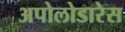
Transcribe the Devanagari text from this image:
अपोलोडारेस